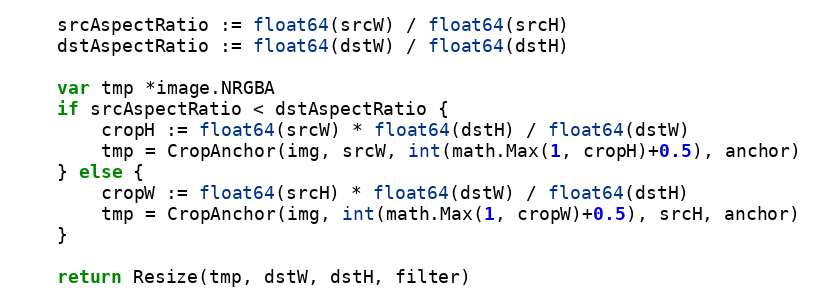
Language: Go
	srcAspectRatio := float64(srcW) / float64(srcH)
	dstAspectRatio := float64(dstW) / float64(dstH)

	var tmp *image.NRGBA
	if srcAspectRatio < dstAspectRatio {
		cropH := float64(srcW) * float64(dstH) / float64(dstW)
		tmp = CropAnchor(img, srcW, int(math.Max(1, cropH)+0.5), anchor)
	} else {
		cropW := float64(srcH) * float64(dstW) / float64(dstH)
		tmp = CropAnchor(img, int(math.Max(1, cropW)+0.5), srcH, anchor)
	}

	return Resize(tmp, dstW, dstH, filter)